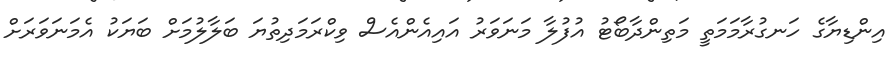
އިންޑިޔާގެ ހަނގުރާމަމަތީ މަތިންދާބޯޓު އުފުލާ މަނަވަރު އައިއެންއެސް ވިކްރަމަދިތުޔަ ބަލާލުމަށް ބަޔަކު އެމަނަވަރަށް